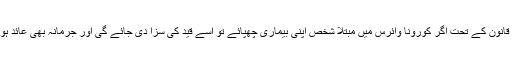
اس قانون کے تحت اگر کورونا وائرس میں مبتلا شخص اپنی بیماری چھُپائے تو اسے قید کی سزا دی جائے گی اور جرمانہ بھی عائد ہو گا۔